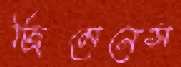
জিমেনেস